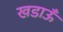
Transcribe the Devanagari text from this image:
खडाऊँ